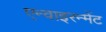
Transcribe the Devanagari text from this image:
एन्वाइरन्मेंट